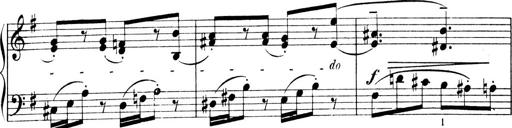
Title: 4 Sonatines
Composer: Max Reger